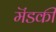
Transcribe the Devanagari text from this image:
मॆंडकी